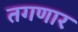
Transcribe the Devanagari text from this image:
तगणार